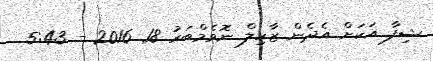
ޝިފާ އަކަށް އެދެން ޒާހިލް ނޮވެމްބަރު 18